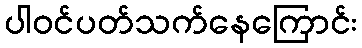
ပါဝင်ပတ်သက်နေကြောင်း